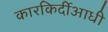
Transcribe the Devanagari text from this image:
कारकिर्दीआधी